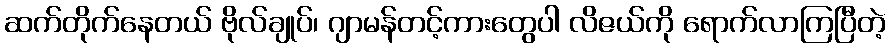
ဆက်တိုက်နေတယ် ဗိုလ်ချုပ်၊ ဂျာမန်တင့်ကားတွေပါ လိဇယ်ကို ရောက်လာကြပြီတဲ့